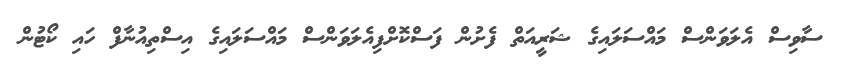
ސާވިސް އެލަވަންސް މައްސަލައިގެ ޝަރީއަތް ފެށުން ފަސްކޮށްފިއެލަވަންސް މައްސަލައިގެ އިސްތިއުނާފް ހައި ކޯޓުން